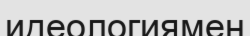
идеологиямен